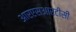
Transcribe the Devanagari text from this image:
आरएसआरटीसी